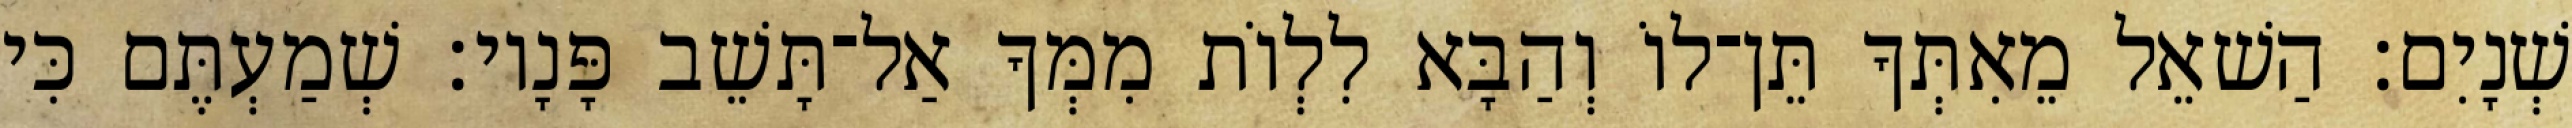
שְׁנָיִם׃ הַשׁאֵל מֵאִתְּךָ תֵּן־לוֹ וְהַבָּא לִלְוֹת מִמְּךָ אַל־תָּשֵׁב פָּנָיו׃ שְׁמַעְתֶּם כִּי